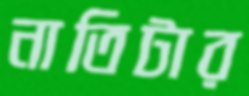
নাতিটার